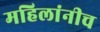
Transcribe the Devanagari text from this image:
महिलांनीच